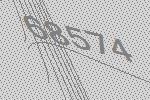
68574